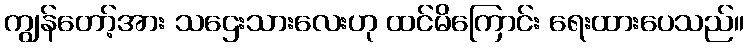
ကျွန်တော့်အား သဌေးသားလေးဟု ထင်မိကြောင်း ရေးထားပေသည်။